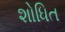
શોધિત